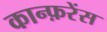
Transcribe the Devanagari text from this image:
कान्फ़रेंस